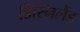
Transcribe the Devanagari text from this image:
डिस्निलैंड